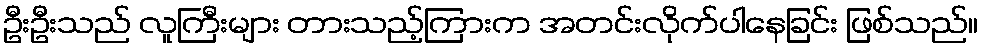
ဦးဦးသည် လူကြီးများ တားသည့်ကြားက အတင်းလိုက်ပါနေခြင်း ဖြစ်သည်။